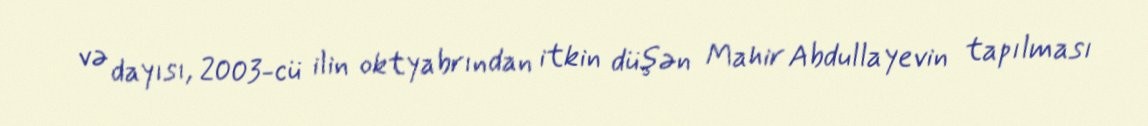
və dayısı, 2003-cü ilin oktyabrından itkin düşən Mahir Abdullayevin tapılması